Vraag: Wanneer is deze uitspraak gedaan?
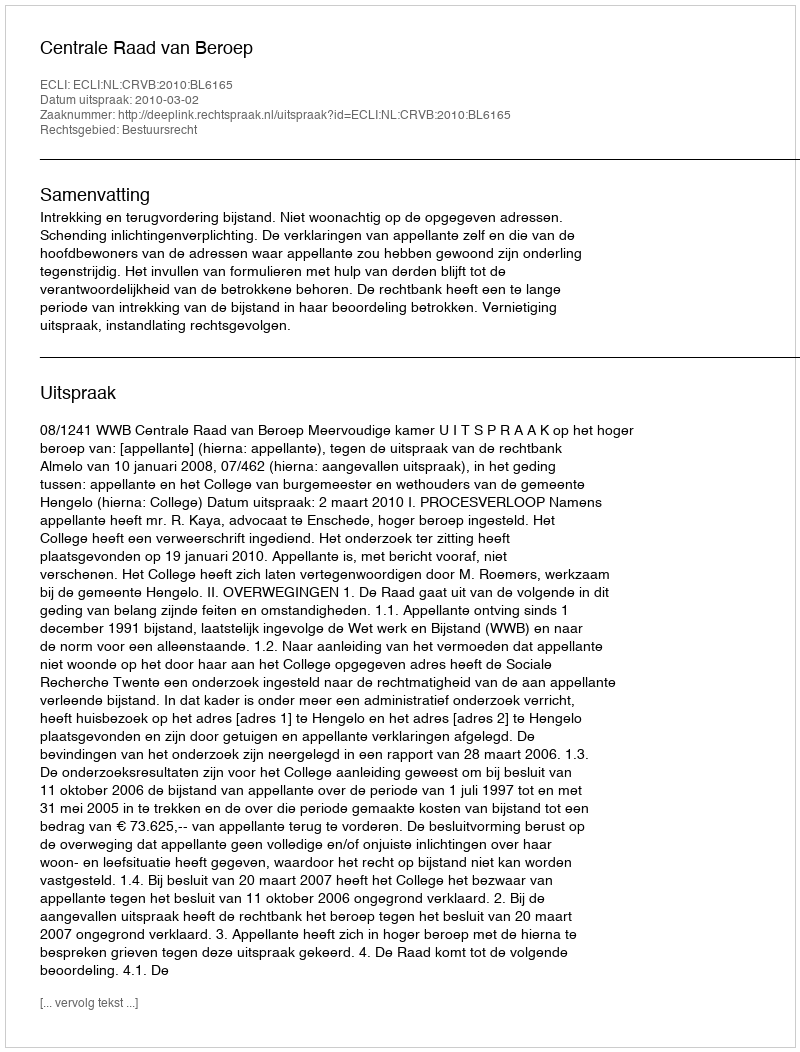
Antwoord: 2010-03-02